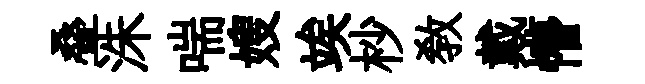
叠洙喘嫂竢杪教戴懵